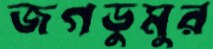
জগডুমুর